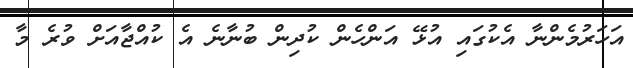
އަހަރުމެންނާ އެކުގައި އުޅޭ އަންހެން ކުދިން ބުނާނެ އެ ކުއްޖާއަށް ވުރެ މާ